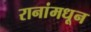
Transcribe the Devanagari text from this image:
रानांमधून